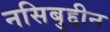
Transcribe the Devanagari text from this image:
नसिबुद्दीन